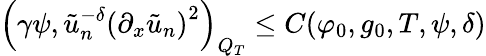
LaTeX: \left(\gamma\psi,\tilde{u}_{n}^{-\delta}\left(\partial_{x}\tilde{u}_{n}\right)^{2}\right)_{Q_{T}}\leq C(\varphi_{0},g_{0},T,\psi,\delta)